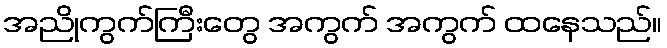
အညိုကွက်ကြီးတွေ အကွက် အကွက် ထနေသည်။